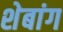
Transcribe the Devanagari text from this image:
शेबांग